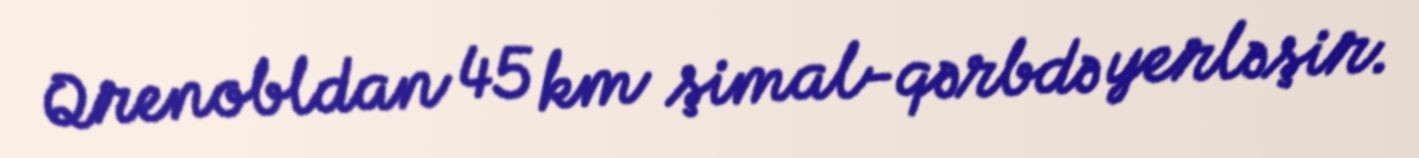
Qrenobldan 45 km şimal-qərbdə yerləşir.